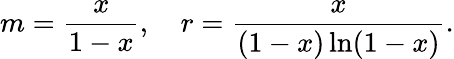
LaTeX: m=\frac{x}{1-x},~~~~r=\frac{x}{(1-x)\ln(1-x)}.